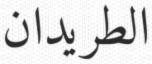
الطريدان